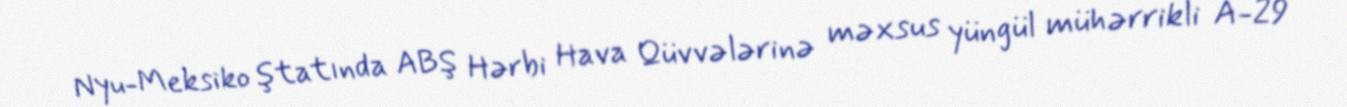
Nyu-Meksiko ştatında ABŞ Hərbi Hava Qüvvələrinə məxsus yüngül mühərrikli A-29